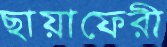
ছায়াফেরী